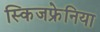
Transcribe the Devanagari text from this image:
स्किजफ्रेनिया